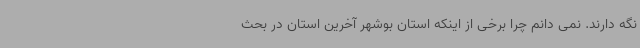
نگه دارند. نمی دانم چرا برخی از اینکه استان بوشهر آخرین استان در بحث